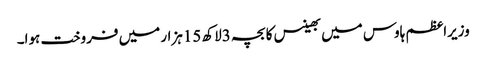
وزیراعظم ہاوس میں بھینس کا بچہ 3لاکھ 15ہزار میں فروخت ہوا۔